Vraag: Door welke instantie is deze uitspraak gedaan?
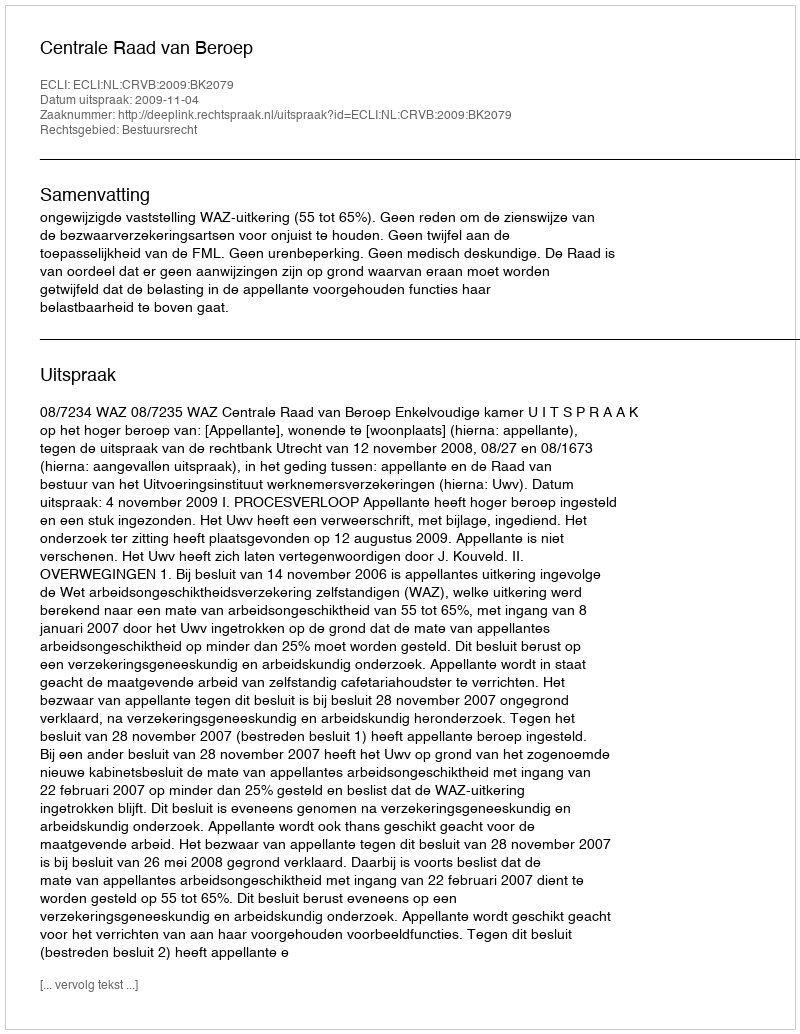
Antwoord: Centrale Raad van Beroep